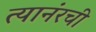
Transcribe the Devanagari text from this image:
त्यानंरची